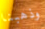
وذهبنا